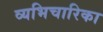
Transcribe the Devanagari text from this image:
व्यभिचारिका